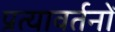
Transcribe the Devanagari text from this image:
प्रत्यावर्तनों